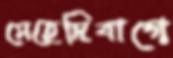
মেহেদিবাগে